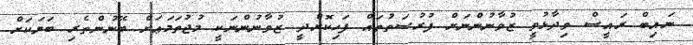
ނައިބް ރައީސް ވިދާޅުވީ ޒުވާނުންނަށް ފުރުޞަތުތައް ފަހިކޮށްދީ ޒުވާނުންނަކީ މުޖުތަމަޢަށް ބޭނުންތެރި ބަޔަކަށް